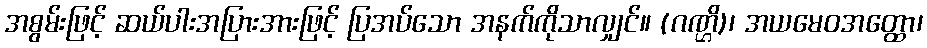
အစွမ်းဖြင့် ဆယ်ပါးအပြားအားဖြင့် ပြအပ်သော အနက်ကိုသာလျှင်။ (ဂဏ္ဌိ)၊ အယမေဝအတ္ထော၊